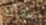
صلاتك